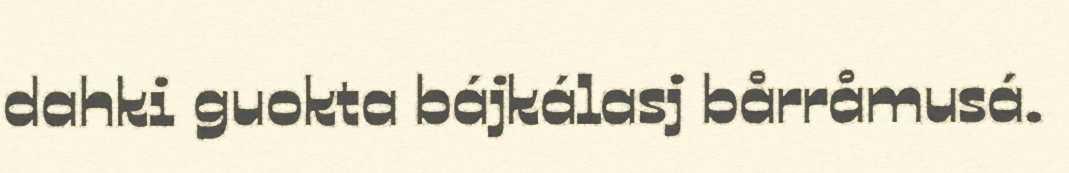
dahki guokta bájkálasj bårråmusá.